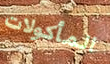
المأكولات